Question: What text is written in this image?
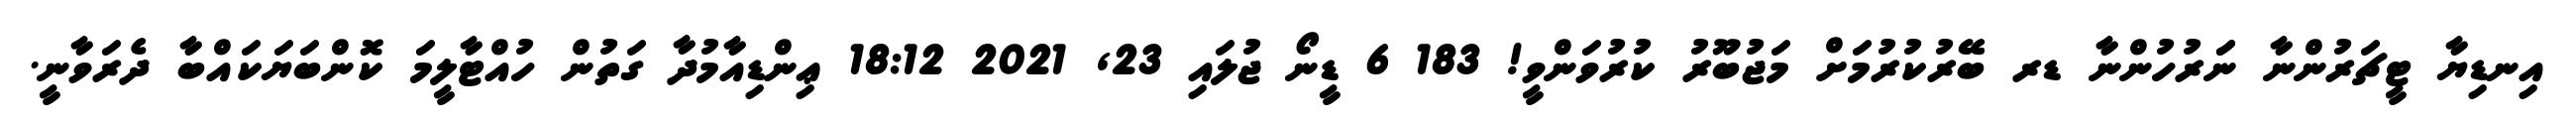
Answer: އިނޑިޔާ ޓީޗަރުންނާ ނަަރުހުންނާ ޑރ ބޭރުކުރުމަށް މަޖުބޫރު ކުރުވަންވީ! 183 6 ޑީނޯ ޖުލައި 23, 2021 18:12 ޢިންޑިއާމުދާ ގަތުން ހުއްޓާލީމަ ކޮންބަޔަކައްބާ ދެރަވާނީ.